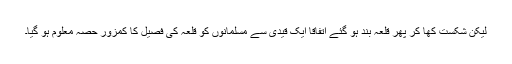
لیکن شکست کھا کر پھر قلعہ بند ہو گئے اتفاقاً ایک قیدی سے مسلمانوں کو قلعہ کی فصیل کا کمزور حصہ معلوم ہو گیا۔